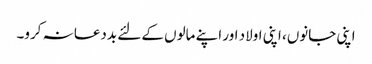
اپنی جانوں، اپنی اولاد اور اپنے مالوں کے لئے بددعا نہ کرو۔